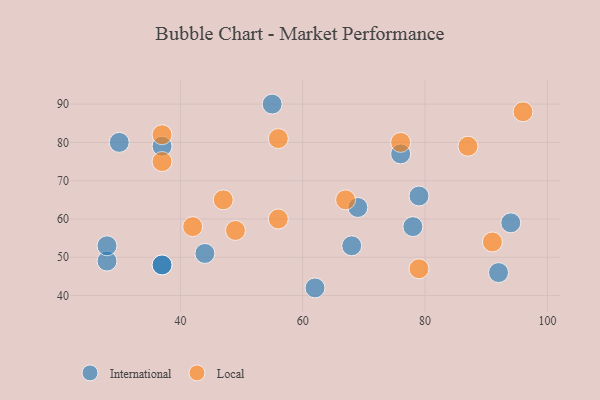
{"axis": {"x": "GDP", "y": "Life Expectancy"}, "legend": ["International", "Local"], "data": [{"x": "55", "y": 90, "type": "International"}, {"x": "44", "y": 51, "type": "International"}, {"x": "62", "y": 42, "type": "International"}, {"x": "30", "y": 80, "type": "International"}, {"x": "28", "y": 49, "type": "International"}, {"x": "69", "y": 63, "type": "International"}, {"x": "94", "y": 59, "type": "International"}, {"x": "37", "y": 48, "type": "International"}, {"x": "79", "y": 66, "type": "International"}, {"x": "37", "y": 79, "type": "International"}, {"x": "28", "y": 53, "type": "International"}, {"x": "78", "y": 58, "type": "International"}, {"x": "37", "y": 48, "type": "International"}, {"x": "76", "y": 77, "type": "International"}, {"x": "92", "y": 46, "type": "International"}, {"x": "68", "y": 53, "type": "International"}, {"x": "79", "y": 47, "type": "Local"}, {"x": "56", "y": 81, "type": "Local"}, {"x": "96", "y": 88, "type": "Local"}, {"x": "47", "y": 65, "type": "Local"}, {"x": "56", "y": 60, "type": "Local"}, {"x": "67", "y": 65, "type": "Local"}, {"x": "37", "y": 75, "type": "Local"}, {"x": "37", "y": 82, "type": "Local"}, {"x": "76", "y": 80, "type": "Local"}, {"x": "49", "y": 57, "type": "Local"}, {"x": "87", "y": 79, "type": "Local"}, {"x": "42", "y": 58, "type": "Local"}, {"x": "91", "y": 54, "type": "Local"}]}